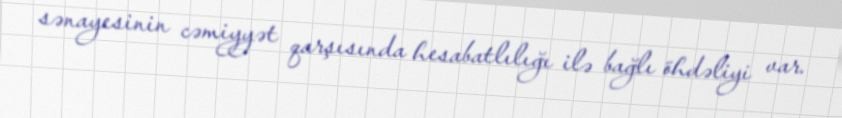
sənayesinin cəmiyyət qarşısında hesabatlılığı ilə bağlı öhdəliyi var.